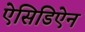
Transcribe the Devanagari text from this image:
ऐसिडिऐन